Vaccination in Bombay 1856-1862 - 1856-1862
Year: 1856
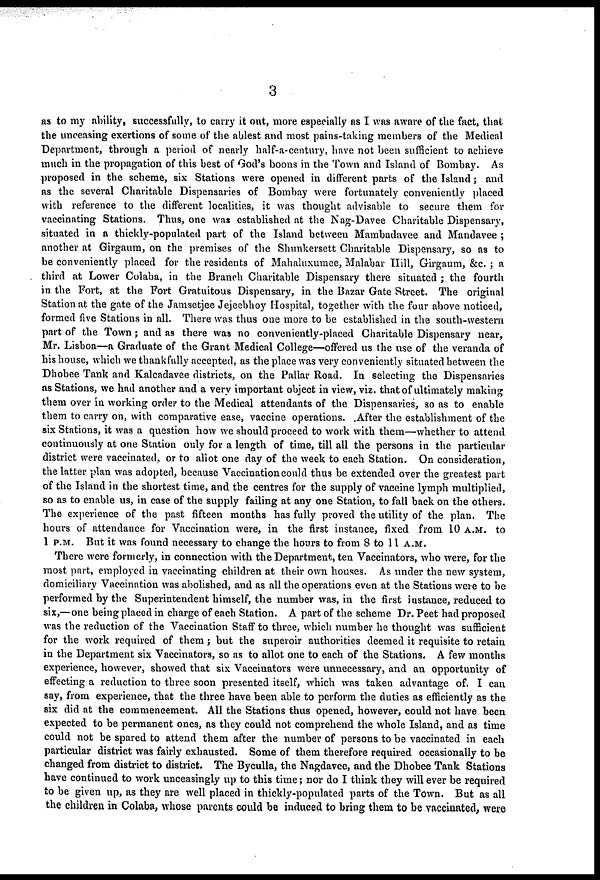
3
as to my ability, successfully, to carry it out, more especially as I was aware of the fact, that
the unceasing exertions of some of the ablest and most pains-taking members of the Medical
Department, through a period of nearly half-a-century, have not been sufficient to achieve
much in the propagation of this best of God's boons in the Town and Island of Bombay. As
proposed in the scheme, six Stations were opened in different parts of the Island; and
as the several Charitable Dispensaries of Bombay were fortunately conveniently placed
with reference to the different localities, it was thought advisable to secure them for
vaccinating Stations. Thus, one was established at the Nag-Davee Charitable Dispensary,
situated in a thickly-populated part of the Island between Mambadavee and Mandavee ;
another at Girgaum, on the premises of the Shunkersett Charitable Dispensary, so as to
be conveniently placed for the residents of Mahaluxumee, Malabar Hill, Girgaum, &c. ; a
third at Lower Colaba, in the Branch Charitable Dispensary there situated ; the fourth
in the Fort, at the Fort Gratuitous Dispensary, in the Bazar Gate Street. The original
Station at the gate of the Jamsetjee Jejeebhoy Hospital, together with the four above noticed,
formed five Stations in all. There was thus one more to be established in the south-western
part of the Town; and as there was no conveniently-placed Charitable Dispensary near,
Mr. Lisboa—a Graduate of the Grant Medical College—offered us the use of the veranda of
his house, which we thankfully accepted, as the place was very conveniently situated between the
Dhobee Tank and Kalcadavee districts, on the Pallar Road. In selecting the Dispensaries
as Stations, we had another and a very important object in view, viz. that of ultimately making
them over in working order to the Medical attendants of the Dispensaries, so as to enable
them to carry on, with comparative ease, vaccine operations. After the establishment of the
six Stations, it was a question how we should proceed to work with them—whether to attend
continuously at one Station only for a length of time, till all the persons in the particular
district were vaccinated, or to allot one day of the week to each Station. On consideration,
the latter plan was adopted, because Vaccination could thus be extended over the greatest part
of the Island in the shortest time, and the centres for the supply of vaccine lymph multiplied,
so as to enable us, in case of the supply failing at any one Station, to fall back on the others.
The experience of the past fifteen months has fully proved the utility of the plan. The
hours of attendance for Vaccination were, in the first instance, fixed from 10 A.M. to
1 P.M. But it was found necessary to change the hours to from 8 to 11 A.M.
There were formerly, in connection with the Department, ten Vaccinators, who were, for the
most part, employed in vaccinating children at their own houses. As under the new system,
domiciliary Vaccination was abolished, and as all the operations even at the Stations were to be
performed by the Superintendent himself, the number was, in the first instance, reduced to
six,— one being placed in charge of each Station. A part of the scheme Dr. Peet had proposed
was the reduction of the Vaccination Staff to three, which number he thought was sufficient
for the work required of them; but the superoir authorities deemed it requisite to retain
in the Department six Vaccinators, so as to allot one to each of the Stations. A few months
experience, however, showed that six Vaccinators were unnecessary, and an opportunity of
effecting a reduction to three soon presented itself, which was taken advantage of. I can
say, from experience, that the three have been able to perform the duties as efficiently as the
six did at the commencement. All the Stations thus opened, however, could not have been
expected to be permanent ones, as they could not comprehend the whole Island, and as time
could not be spared to attend them after the number of persons to be vaccinated in each
particular district was fairly exhausted. Some of them therefore required occasionally to be
changed from district to district. The Byculla, the Nagdavee, and the Dhobee Tank Stations
have continued to work unceasingly up to this time; nor do I think they will ever be required
to be given up, as they are well placed in thickly-populated parts of the Town. But as all
the children in Colaba, whose parents could be induced to bring them to be vaccinated, were